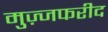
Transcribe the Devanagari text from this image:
मुज़्जफरीद